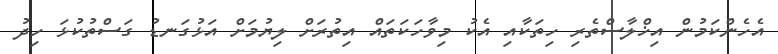
އެހެންކަމުން އިޚްލާސްތެރި ހިތަކާއި އެކު މިވާހަކަތައް އިތުރަށް ލިޔުމަށް އަޅުގަނޑު ގަސްތުކުޅަ ހިދު